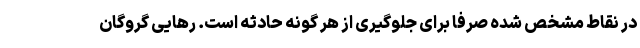
در نقاط مشخص شده صرفا برای جلوگیری از هر گونه حادثه است. رهایی گروگان